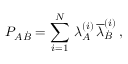
P _ { A \dot { B } } = \sum _ { i = 1 } ^ { N } \, \lambda _ { A } ^ { ( i ) } \, \overline { { { \lambda } } } _ { \dot { B } } ^ { ( i ) } \, ,